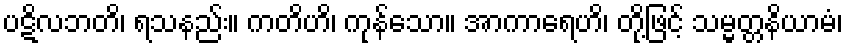
ပဋိလဘတိ၊ ရသနည်း။ ကတိဟိ၊ ကုန်သော။ အာကာရေဟိ၊ တို့ဖြင့် သမ္မတ္တနိယာမံ၊